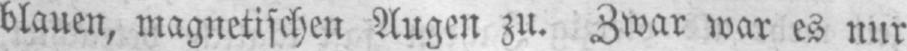
blauen, magnetischen Augen zu. Zwar war es nur